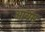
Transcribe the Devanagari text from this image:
आर्यम